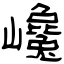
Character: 巉